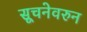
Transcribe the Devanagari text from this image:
सूचनेवरुन